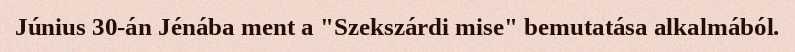
Június 30-án Jénába ment a "Szekszárdi mise" bemutatása alkalmából.